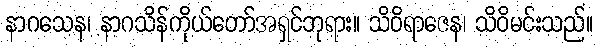
နာဂသေန၊ နာဂသိန်ကိုယ်တော်အရှင်ဘုရား။ သိဝိရာဇေန၊ သိဝိမင်းသည်။